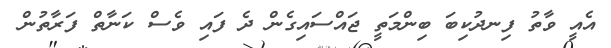
އެއީ ވާތު ފިނދުކިބަ ބިންމަތީ ޖައްސައިގެން ދެ ފައި ވެސް ކަނާތް ފަރާތުން